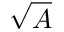
\sqrt { A }